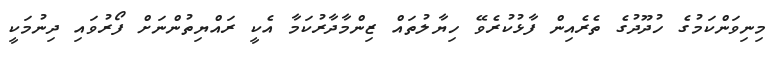
މިނިވަންކަމުގެ ހުދޫދުގެ ތެރެއިން ފާޅުކުރެވޭ ހިޔާލުތައް ޒިންމާދާރުކަމާ އެކީ ރައްޔިތުންނަށް ފޯރުވައި ދިނުމަކީ